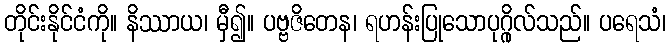
တိုင်းနိုင်ငံကို။ နိဿာယ၊ မှီ၍။ ပဗ္ဗဇိတေန၊ ရဟန်းပြုသောပုဂ္ဂိုလ်သည်။ ပရေသံ၊